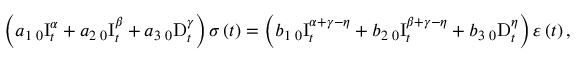
\left( a _ { 1 } \, _ { 0 } \mathrm { I } _ { t } ^ { \alpha } + a _ { 2 } \, _ { 0 } \mathrm { I } _ { t } ^ { \beta } + a _ { 3 } \, _ { 0 } \mathrm { D } _ { t } ^ { \gamma } \right) \sigma \left( t \right) = \left( b _ { 1 } \, _ { 0 } \mathrm { I } _ { t } ^ { \alpha + \gamma - \eta } + b _ { 2 } \, _ { 0 } \mathrm { I } _ { t } ^ { \beta + \gamma - \eta } + b _ { 3 } \, _ { 0 } \mathrm { D } _ { t } ^ { \eta } \right) \varepsilon \left( t \right) ,